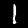
Digit: 1